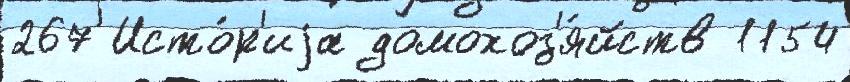
267 Исто́р'иjа домохоз'я́йств 1154